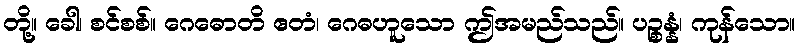
တို့။ ခေါ၊ စင်စစ်။ ဂေဓောတိ ဧတံ၊ ဂေဓဟူသော ဤအမည်သည်။ ပဉ္စန္နံ၊ ကုန်သော။